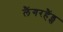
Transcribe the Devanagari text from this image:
लैंगरहैंड्स